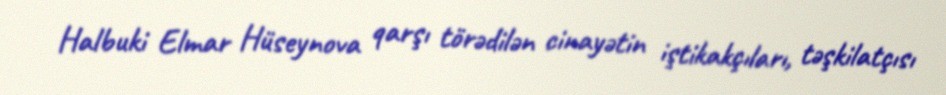
Halbuki Elmar Hüseynova qarşı törədilən cinayətin iştikakçıları, təşkilatçısı